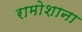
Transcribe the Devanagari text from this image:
रामोशाना